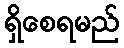
ရှိစေရမည်